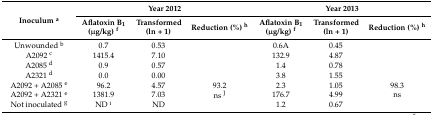
| <ROWSPAN=2> Inoculum a | <COLSPAN=3> Year 2012 | <COLSPAN=3> Year 2013 |
 | Aflatoxin B1 (μg/kg) f | Transformed (ln + 1) | Reduction (%) h | Aflatoxin B1 (μg/kg) f | Transformed (ln + 1) | Reduction (%) h |
 | --- | --- | --- | --- | --- | --- | --- |
 | Unwounded b | 0.7 | 0.53 |  | 0.6A | 0.45 |  |
 | A2092 c | 1415.4 | 7.10 |  | 132.9 | 4.87 |  |
 | A2085 d | 0.9 | 0.57 |  | 1.4 | 0.78 |  |
 | A2321 d | 0.0 | 0.00 |  | 3.8 | 1.55 |  |
 | A2092 + A2085 e | 96.2 | 4.57 | 93.2 | 2.3 | 1.05 | 98.3 |
 | A2092 + A2321 e | 1381.9 | 7.03 | ns J | 176.7 | 4.99 | ns |
 | Not inoculated g | ND i | ND |  | 1.2 | 0.67 |  |